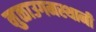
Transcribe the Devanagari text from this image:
मुळाउगमस्थानी